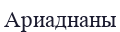
Ариаднаны